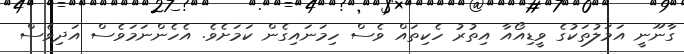
ގާނޫނީ އަމަލުތަކުގެ ވީޑިއޯއާ އިތުރު ހެކިތައް ވެސް ހިމަނައިގެން ކަމަށެވެ. އެހެންނަމަވެސް އަދިވެސް